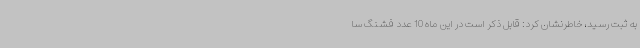
به ثبت رسید، خاطرنشان کرد: قابل ذکر است در این ماه 10 عدد فشنگ سا